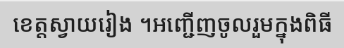
ខេត្តស្វាយរៀង ។អញ្ជើញចូលរួមក្នុងពិធី